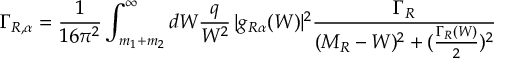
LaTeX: \Gamma _ { R , \alpha } = \frac { 1 } { 1 6 \pi ^ { 2 } } \int _ { m _ { 1 } + m _ { 2 } } ^ { \infty } d W \frac { q } { W ^ { 2 } } \, | g _ { R \alpha } ( W ) | ^ { 2 } \frac { \Gamma _ { R } } { ( M _ { R } - W ) ^ { 2 } + ( \frac { \Gamma _ { R } ( W ) } { 2 } ) ^ { 2 } }